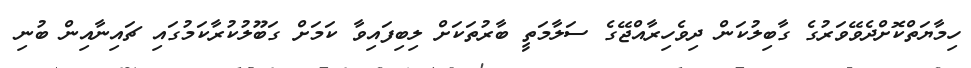
ހިމާޔަތްކޮށްދެވޭވަރުގެ ގާބިލުކަން ދިވެހިރާއްޖޭގެ ސަލާމަތީ ބާރުތަކަށް ލިބިފައިވާ ކަމަށް ގަބޫލުކުރާކަމުގައި ޗައިނާއިން ބުނި